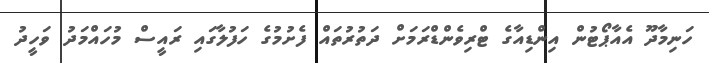
ހަނިމާދޫ އެއާޕޯޓުން އިންޑިއާގެ ޓްރިވެންޑްރަމަށް ދަތުރުތައް ފެށުމުގެ ހަފުލާގައި ރައީސް މުހައްމަދު ވަހީދު